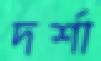
দর্শা